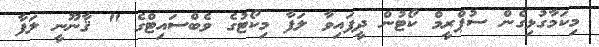
މިކަމާގުޅިގެން ސުޕްރީމް ކޯޓުން ދީފައިވާ ލަފާ މިކޯޓުގެ ވެބްސައިޓްގެ " ޤާނޫނީ ލަފާ